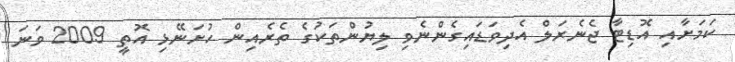
ކަމަށާއި އޮޑިޓާ ޖެނެރަލް އެދިވަޑައިގެންނެވި ލިޔުންތަކުގެ ތެރެއިން ހުށަނޭޅި އޮތީ 2009 ވަނަ